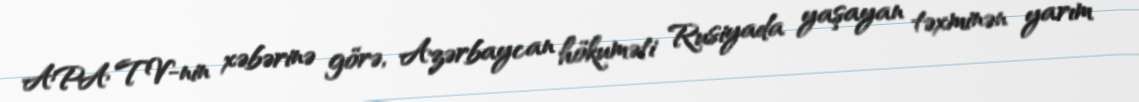
APA TV-nin xəbərinə görə, Azərbaycan hökuməti Rusiyada yaşayan təxminən yarım